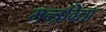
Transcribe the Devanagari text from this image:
मन्त्रविद्या